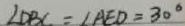
\angle D B C = \angle A E D = 3 0 ^ { \circ }